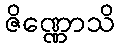
ဇိဏ္ဏောသိ